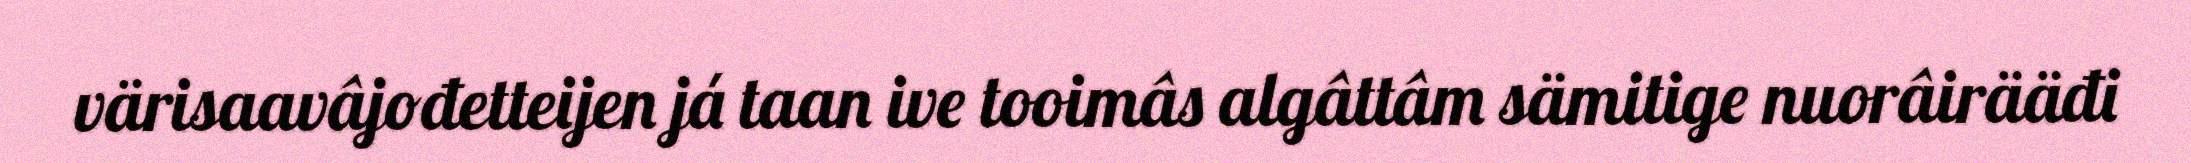
värisaavâjođetteijen já taan ive tooimâs algâttâm sämitige nuorâirääđi